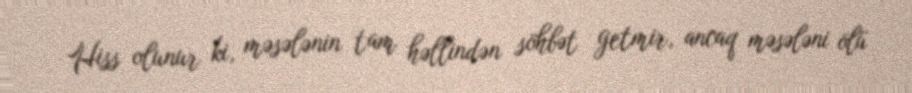
Hiss olunur ki, məsələnin tam həllindən söhbət getmir, ancaq məsələni ölü